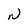
Character: N